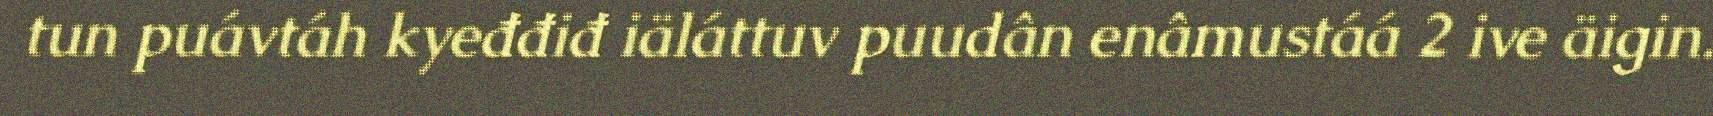
tun puávtáh kyeđđiđ iäláttuv puudân enâmustáá 2 ive äigin.